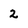
Character: 2